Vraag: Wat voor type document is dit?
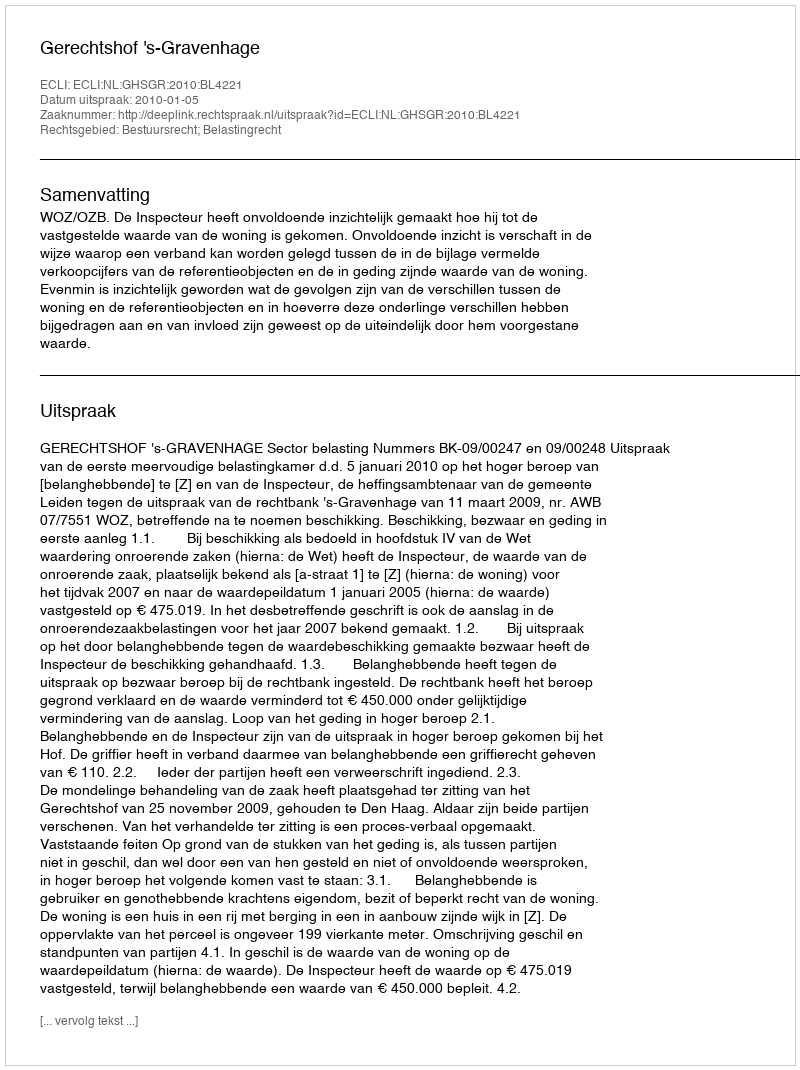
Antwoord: Uitspraak